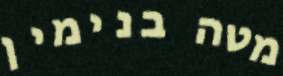
מטה בנימין